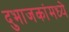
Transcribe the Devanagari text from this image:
दुभाजकांमध्ये